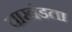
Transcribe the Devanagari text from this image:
पाखंडता